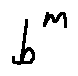
b ^ { m }